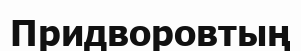
Придворовтың